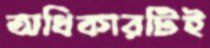
অধিকারটিই